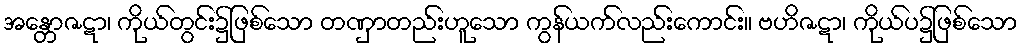
အန္တောဇဋာ၊ ကိုယ်တွင်း၌ဖြစ်သော တဏှာတည်းဟူသော ကွန်ယက်လည်းကောင်း။ ဗဟိဇဋာ၊ ကိုယ်ပ၌ဖြစ်သော